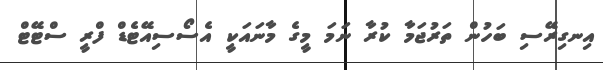
އިނގިރޭސި ބަހުން ތަރުޖަމާ ކުރާ ނަމަ މީގެ މާނައަކީ އެސޯސިއޭޓެޑް ފްރީ ސްޓޭޓް